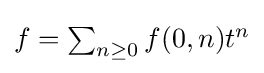
\textstyle f=\sum _{n\geq 0}f(0,n)t^{n}